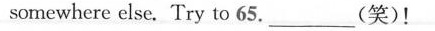
somewhere else. Try to 65. ___ (笑)!